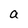
Character: a